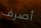
أصرف